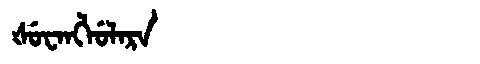
Manchu: ᡧᡠᠸᠠᠩᠯᡠᠯᠠᡵᠠ
Romanization: ŠUWANGLULARA